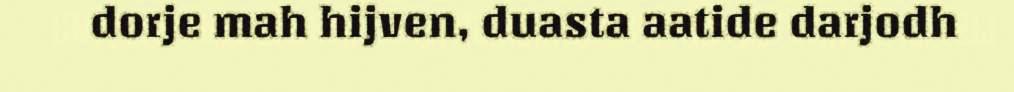
dorje mah hijven, duasta aatide darjodh